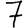
Digit: 7